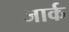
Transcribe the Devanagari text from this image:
जार्क